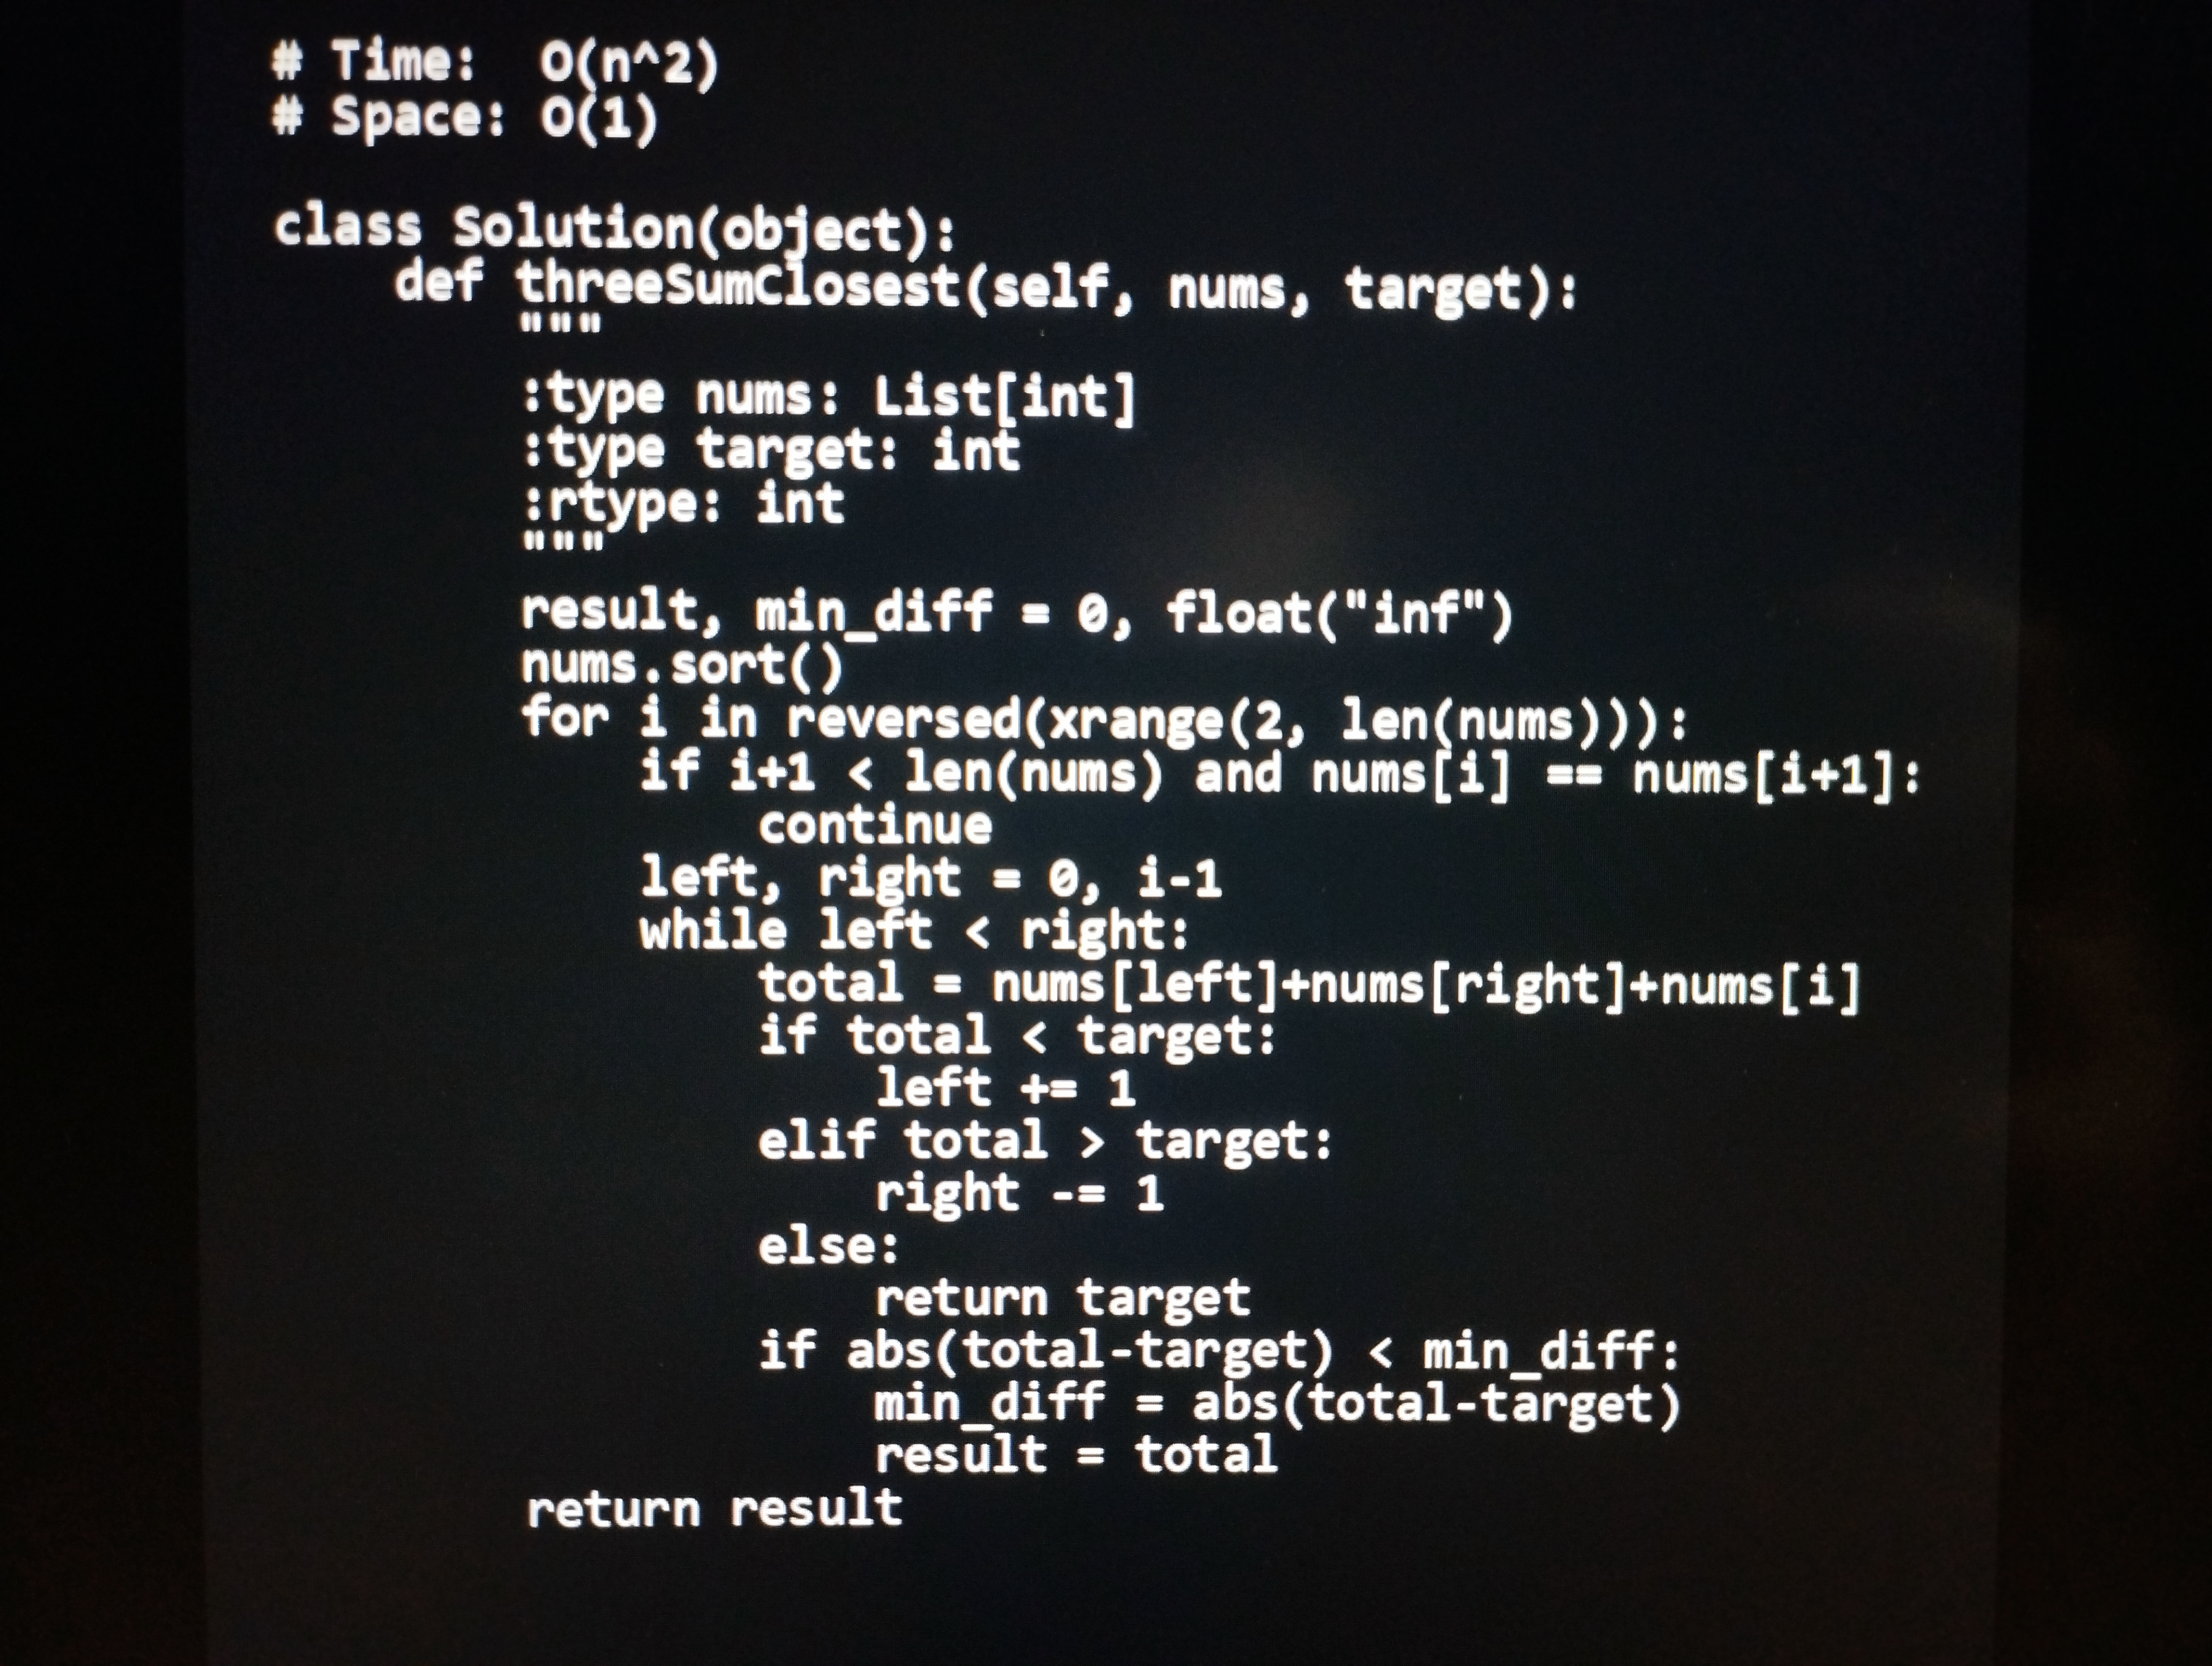
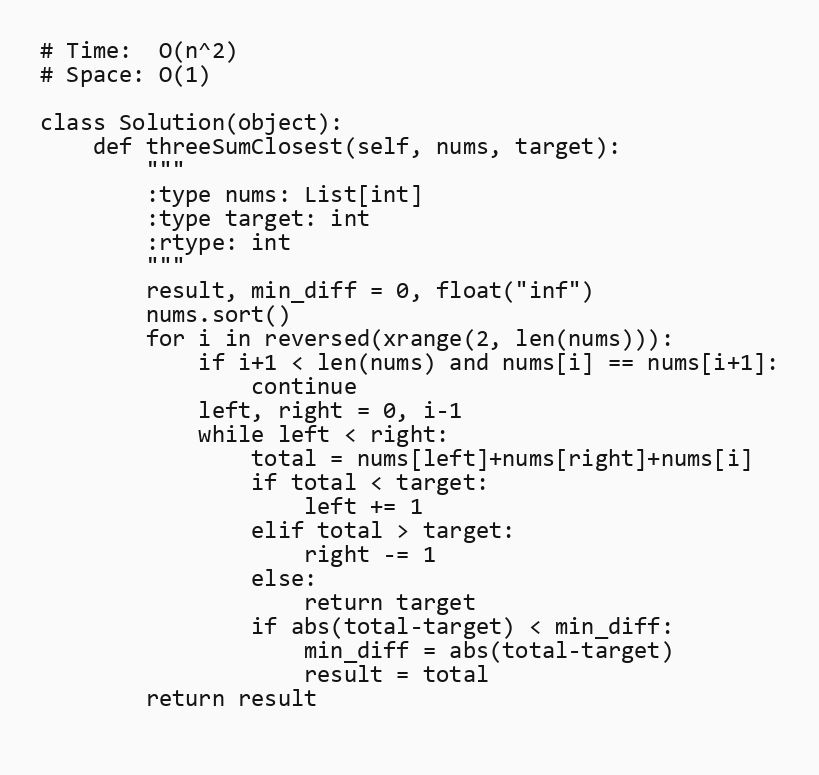
# Time:  O(n^2)
# Space: O(1)

class Solution(object):
    def threeSumClosest(self, nums, target):
        """
        :type nums: List[int]
        :type target: int
        :rtype: int
        """
        result, min_diff = 0, float("inf")
        nums.sort()
        for i in reversed(xrange(2, len(nums))):
            if i+1 < len(nums) and nums[i] == nums[i+1]:
                continue
            left, right = 0, i-1
            while left < right:
                total = nums[left]+nums[right]+nums[i]
                if total < target:
                    left += 1
                elif total > target:
                    right -= 1
                else:
                    return target
                if abs(total-target) < min_diff:
                    min_diff = abs(total-target)
                    result = total
        return result